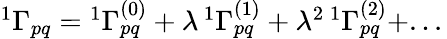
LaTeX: \begin{array}{r}{{^{1}{\Gamma}_{pq}}={^{1}{\Gamma}_{pq}^{(0)}}+\lambda\, {^{1}{\Gamma}_{pq}^{(1)}}+\lambda^{2}\, {^{1}{\Gamma}_{pq}^{(2)}}+...\, }\end{array}